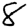
Digit: 8